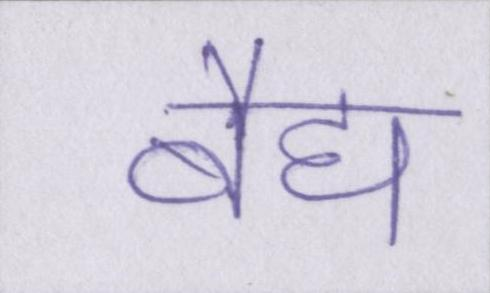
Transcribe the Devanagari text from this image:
बैद्य